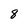
Character: 8